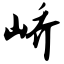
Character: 峤